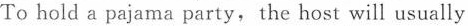
To hold a pajama party,the host will usually